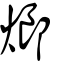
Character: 𤎜